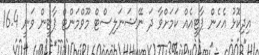
އިދިކޮޅު އެހެން ޕާޓީއެއް ކަމަށްވާ ދަ ނޭޝަނަލިސްޓް މޫވްމަންޓް ޕާޓީން ވަނީ 16.4